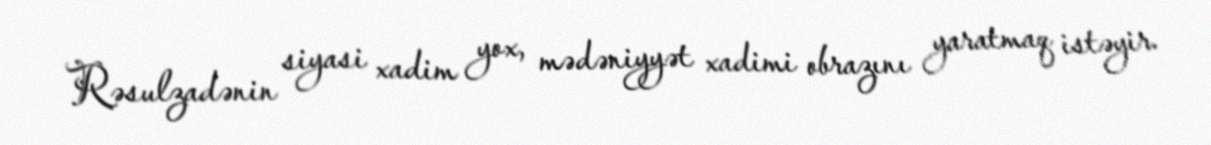
Rəsulzadənin siyasi xadim yox, mədəniyyət xadimi obrazını yaratmaq istəyir.